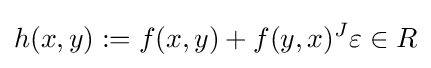
h(x,y):=f(x,y)+f(y,x)^{J}\varepsilon \in R